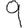
Digit: 9